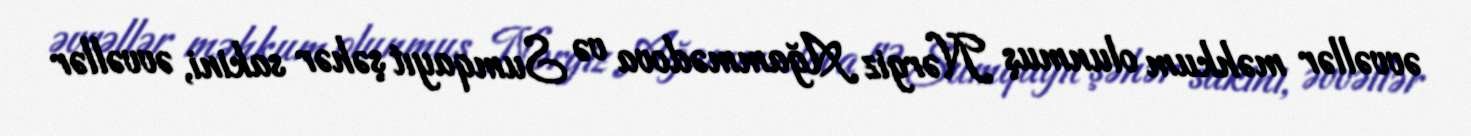
əvvəllər məhkum olunmuş Nərgiz Ağammədova və Sumqayıt şəhər sakini, əvvəllər